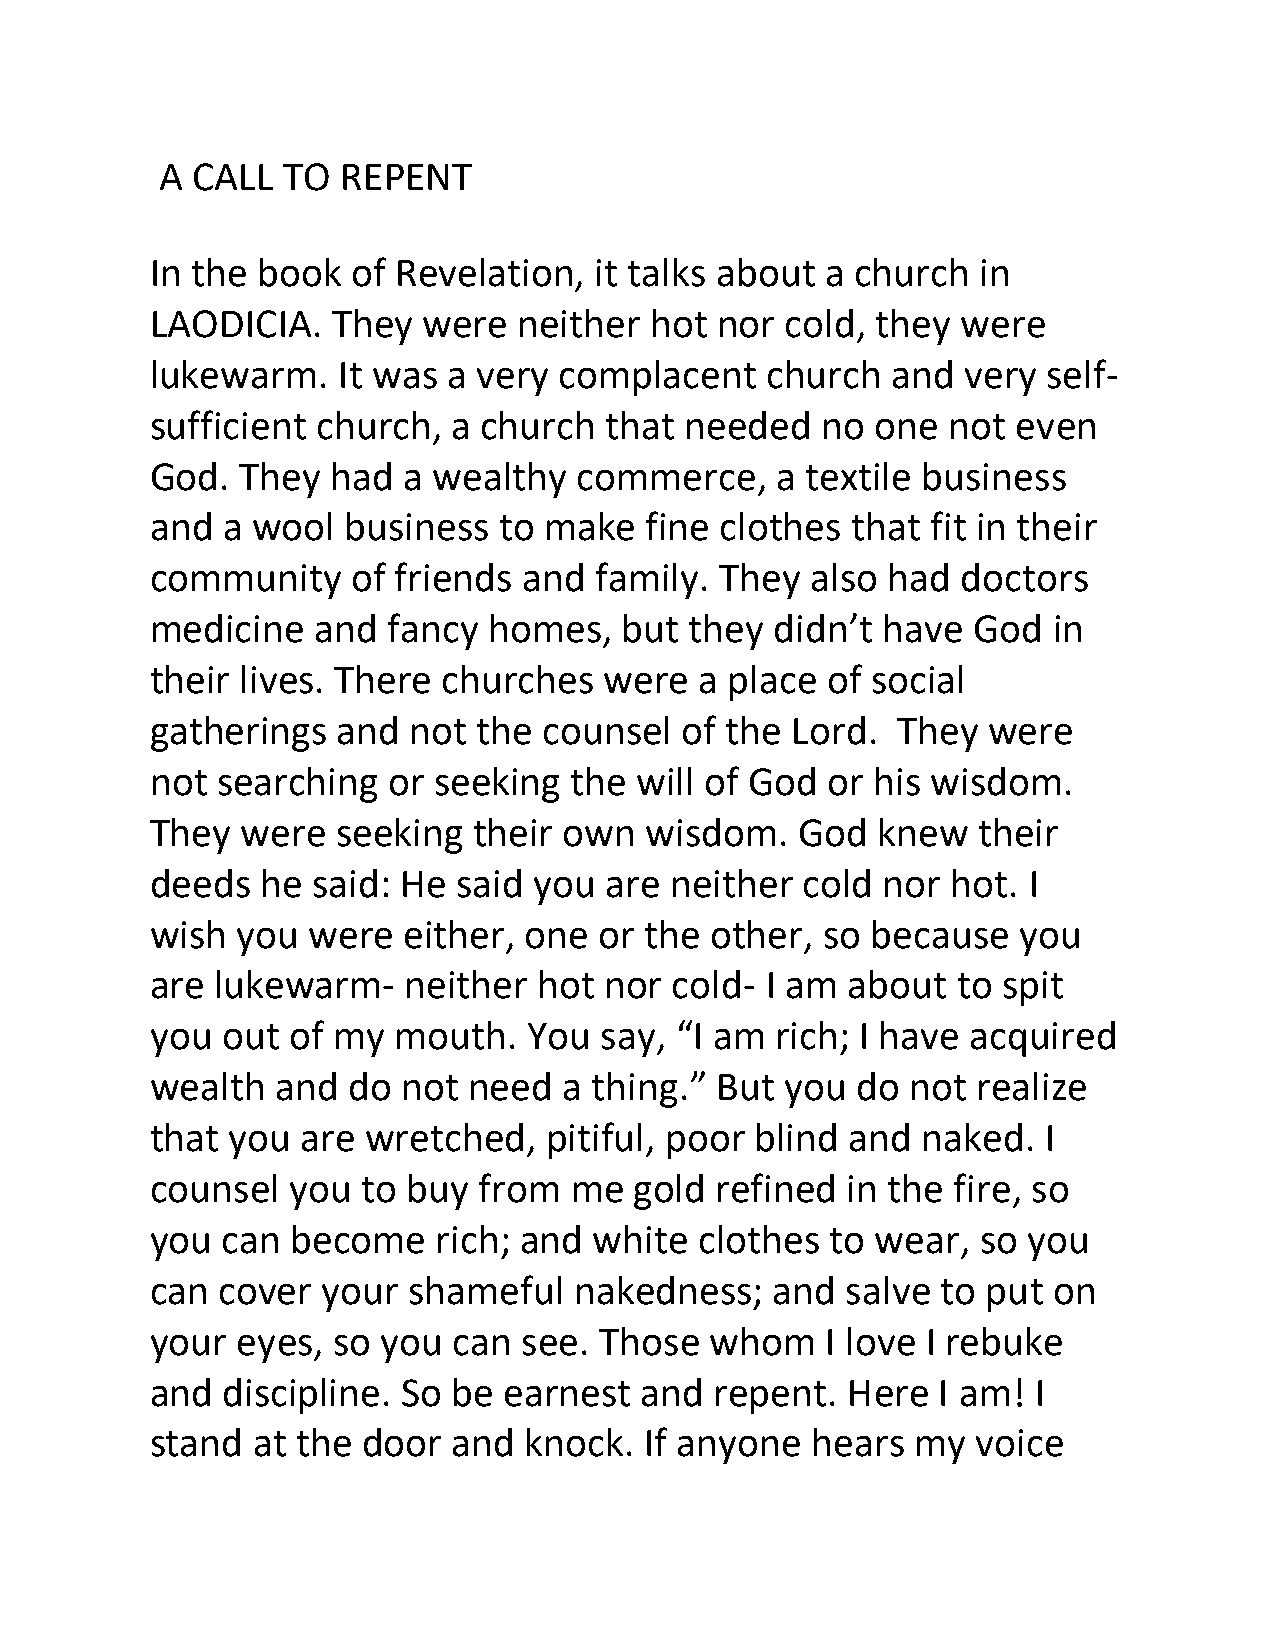
A CALL  TO  REPENT
 In the book  of Revelation,  it talks about  a church  in
 LAODICIA.   They  were  neither  hot  nor cold, they  were
 lukewarm.   It was  a very complacent    church  and  very self-
 sufficient church,  a church  that needed   no  one  not even
 God.  They  had  a wealthy  commerce,    a textile business
 and  a wool  business  to make   fine clothes that  fit in their
 community    of friends  and family.  They  also had  doctors
 medicine   and  fancy homes,   but  they didn’t have  God   in
 their lives. There churches   were  a place  of social
 gatherings  and  not  the counsel  of the Lord.  They  were
 not searching   or seeking  the will of God  or his wisdom.
 They  were  seeking  their own   wisdom.   God  knew   their
 deeds  he  said: He said you  are neither  cold nor  hot. I
 wish  you were   either, one  or the other,  so because  you
 are lukewarm-    neither  hot nor  cold- I am about  to spit
 you  out of my  mouth.   You  say, “I am rich; I have acquired
 wealth  and  do  not need  a thing.” But  you  do not  realize
 that you  are wretched,   pitiful, poor blind and  naked.  I
 counsel  you  to buy  from  me  gold refined  in the fire, so
 you  can become    rich; and white  clothes  to wear,  so you
 can cover  your  shameful   nakedness;   and  salve to put  on
 your  eyes, so you  can  see. Those  whom    I love I rebuke
 and  discipline. So be earnest  and  repent.  Here  I am!  I
 stand  at the door  and  knock.  If anyone  hears  my  voice